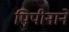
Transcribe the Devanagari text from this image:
पिपीनाने